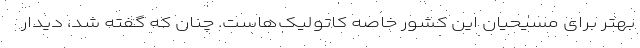
بهتر برای مسیحیان این کشور خاصه کاتولیک‌هاست‌. چنان که گفته شد، دیدار